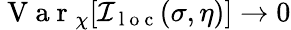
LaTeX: \mathrm{~V~a~r~}_{\chi}[\mathcal{I}_{\mathrm{~l~o~c~}}(\sigma,\eta)]\rightarrow 0